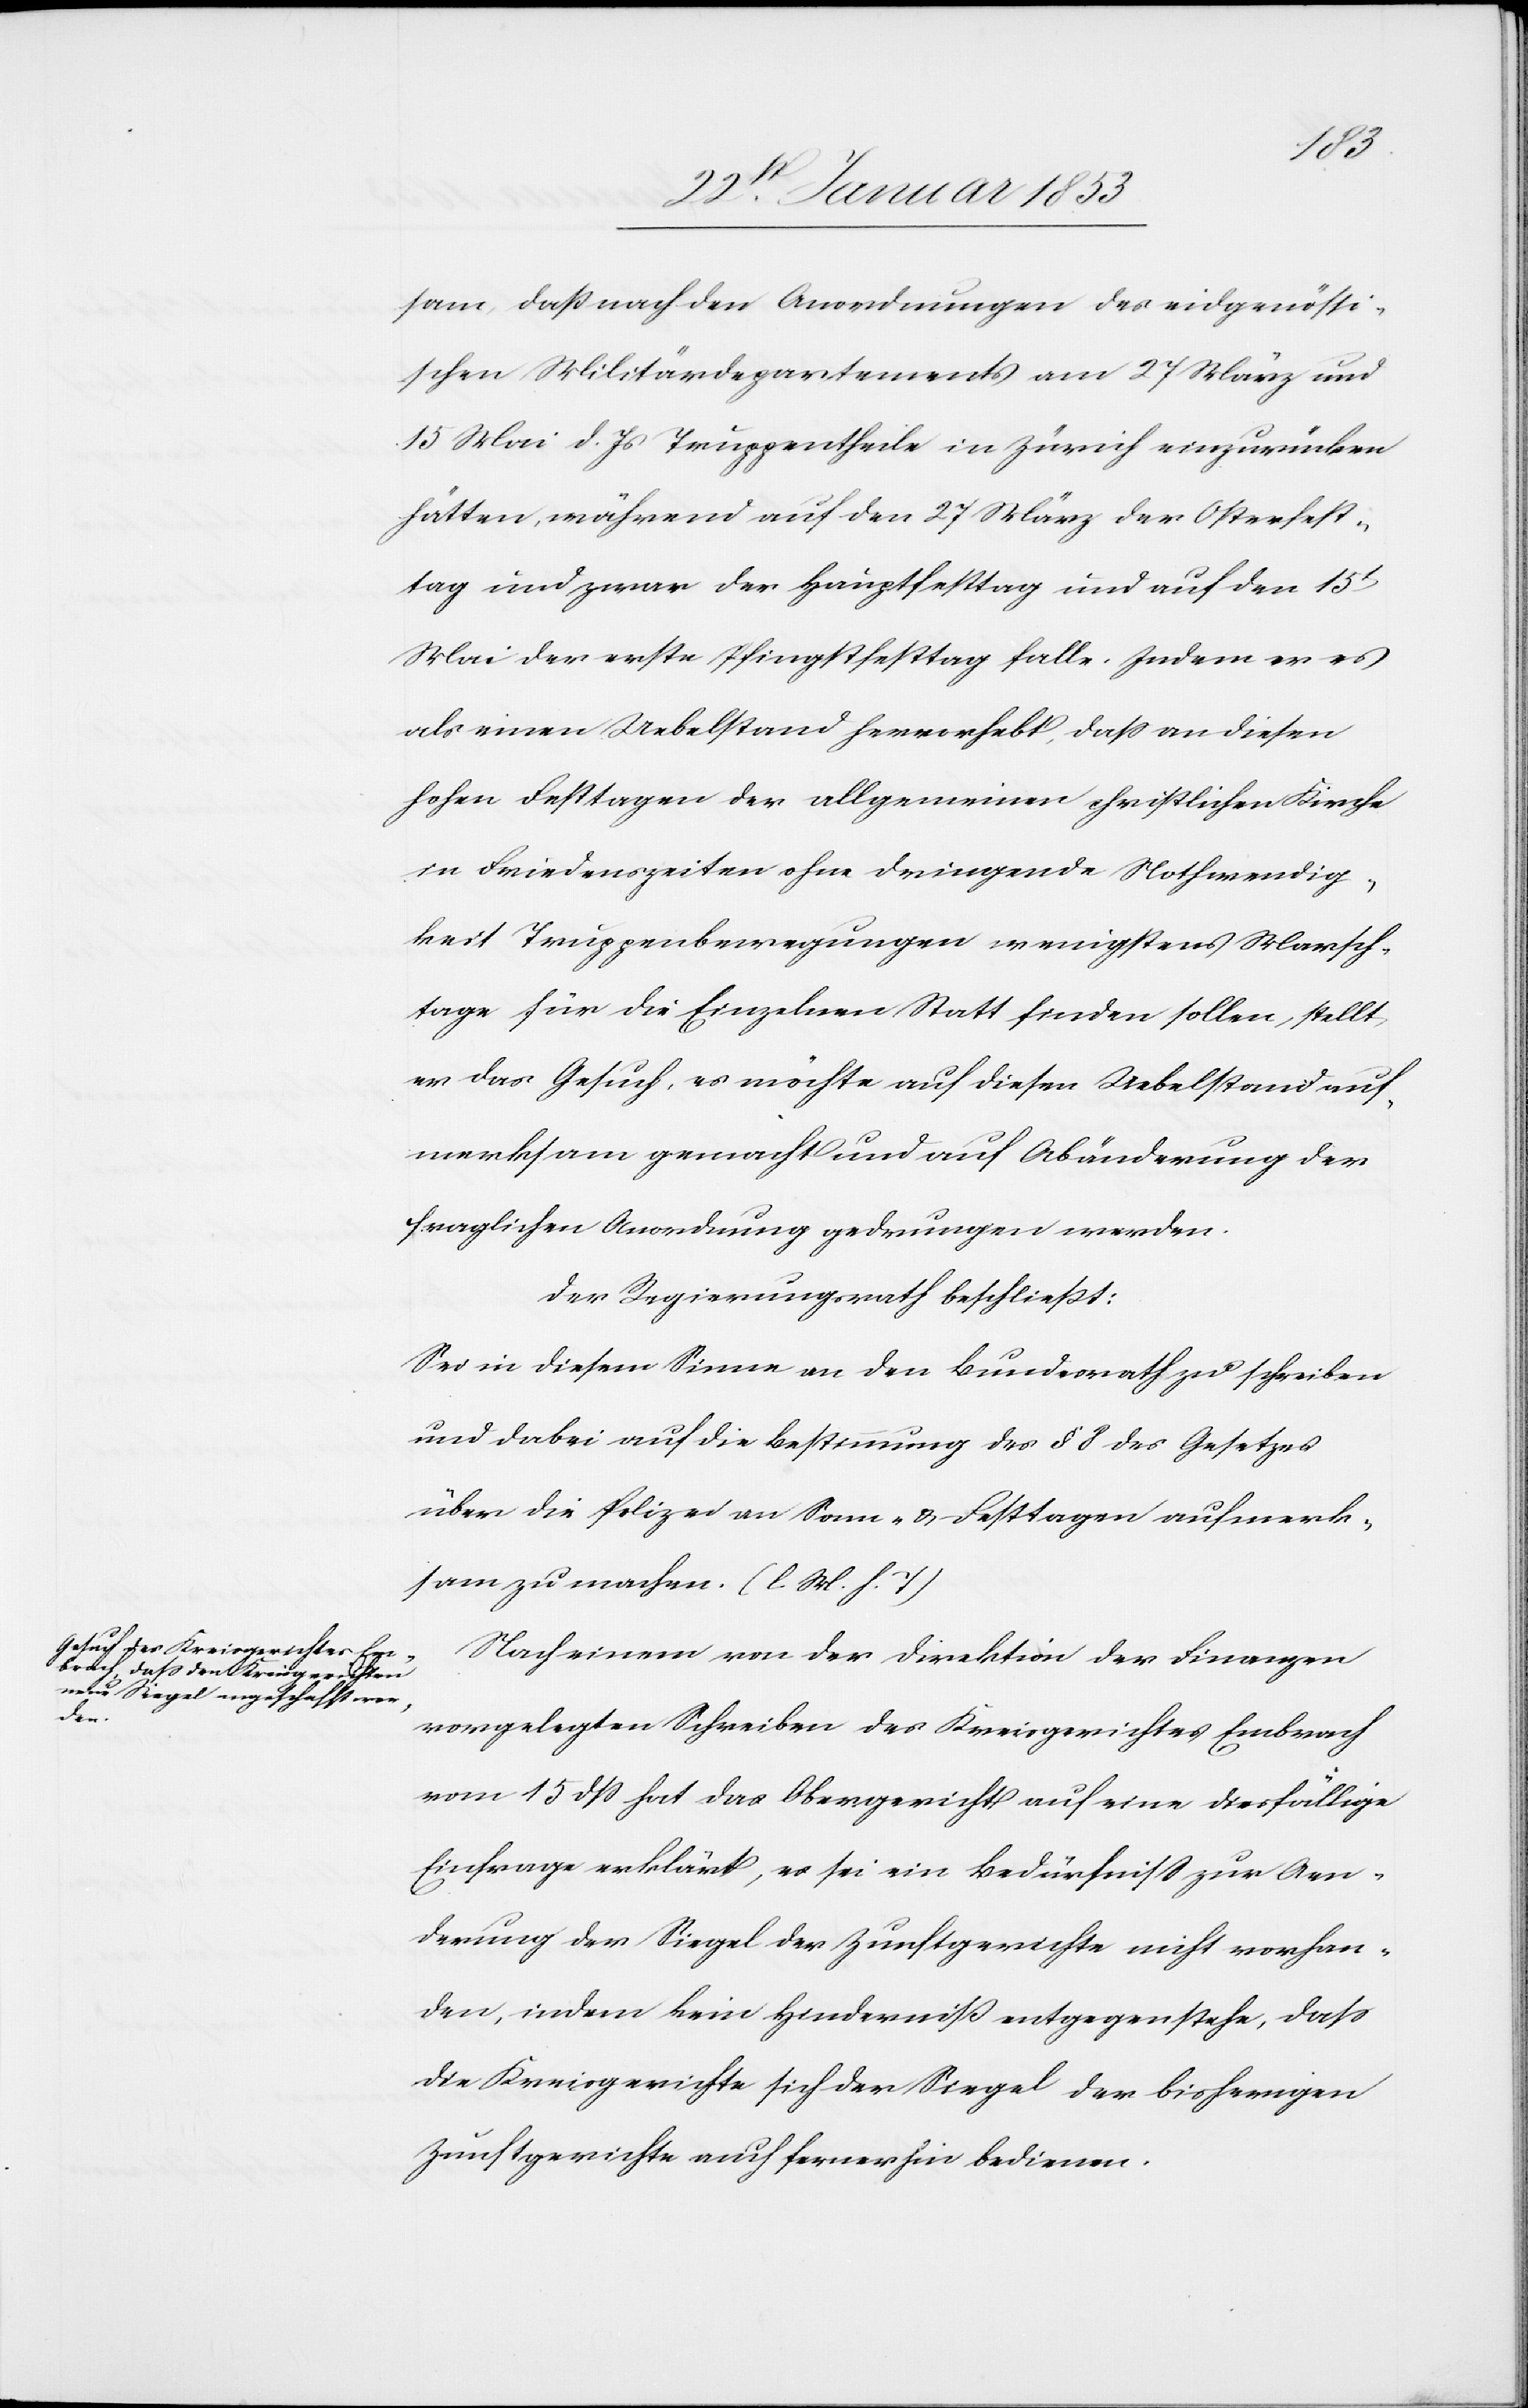
sam, daß nach den Anordnungen des eidgenössi¬
schen Militärdepartements am 27 März und
15 Mai d. Js. Truppentheile in Zürich einzurücken
hätten, während auf den 27 März der Osterfest¬
tag und zwar der Hauptfesttag und auf den 15t.
Mai der erste Pfingstfesttag falle. Indem er es
als einen Uebelstand hervorhebt, daß an diesen
hohen Festtagen der allgemeinen christlichen Kirche
u. Friedenszeit ohne dringende Nothwendig¬
keit Truppenbewegungen wenigstens Marsch¬
tage für die Einzelnen Statt finden sollen, stellt
er das Gesuch, es möchte auf diesen Uebelstand auf¬
merksam gemacht und auf Abänderung der
fraglichen Anordnung gedrungen werden.
Der Regierungsrath beschließt:
Sei in diesem Sinne an den Bundesrath zu schreiben
und dabei auf die Bestimmung des § 8. des Gesetzes
über die Polizei an Sonn- u. Festtagen aufmerk¬
sam zu machen. [l. M. h. T]
Nach einem von der Direktion der Finanzen
vorgelegten Schreiben des Kreisgerichtes Embrach
vom 15 dß hat das Obergericht auf eine diesfällige
Einfrage erklärt, es sei ein Bedürfniß zur Aen¬
derung der Siegel der Zunftgerichte nicht vorhan¬
den, indem kein Hinderniß entgegenstehe, daß
die Kreisgerichte sich der Siegel der bisherigen
Zunftgerichte auch fernerhin bedienen.